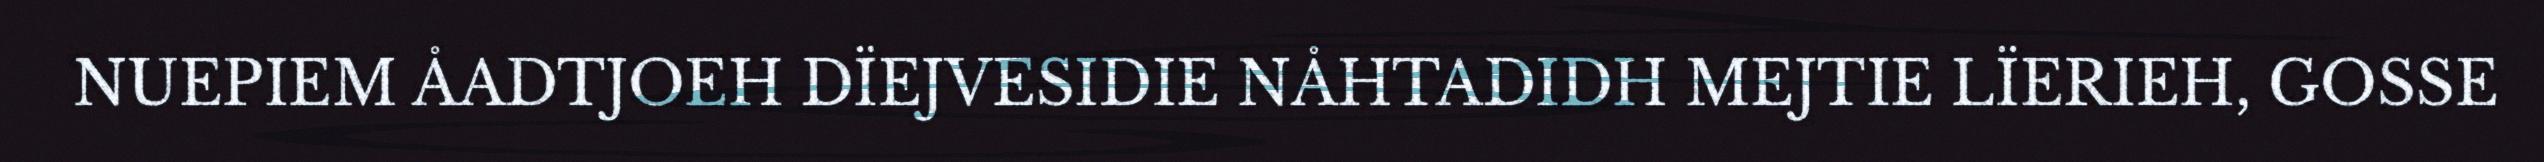
NUEPIEM ÅADTJOEH DÏEJVESIDIE NÅHTADIDH MEJTIE LÏERIEH, GOSSE